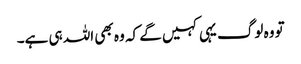
تو وہ لوگ یہی کہیں گے کہ وہ بھی اللہ ہی ہے۔